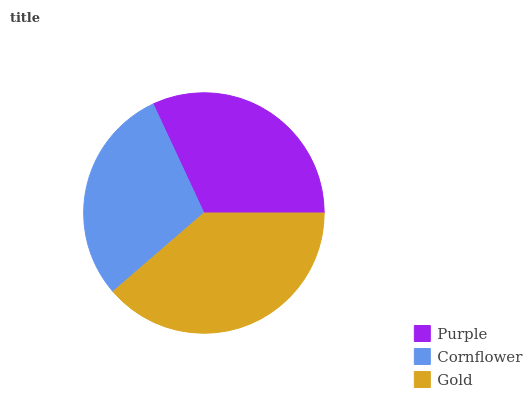
| Purple | Cornflower | Gold |
 | --- | --- | --- |
 | 32% | 29.4% | 38.6% |